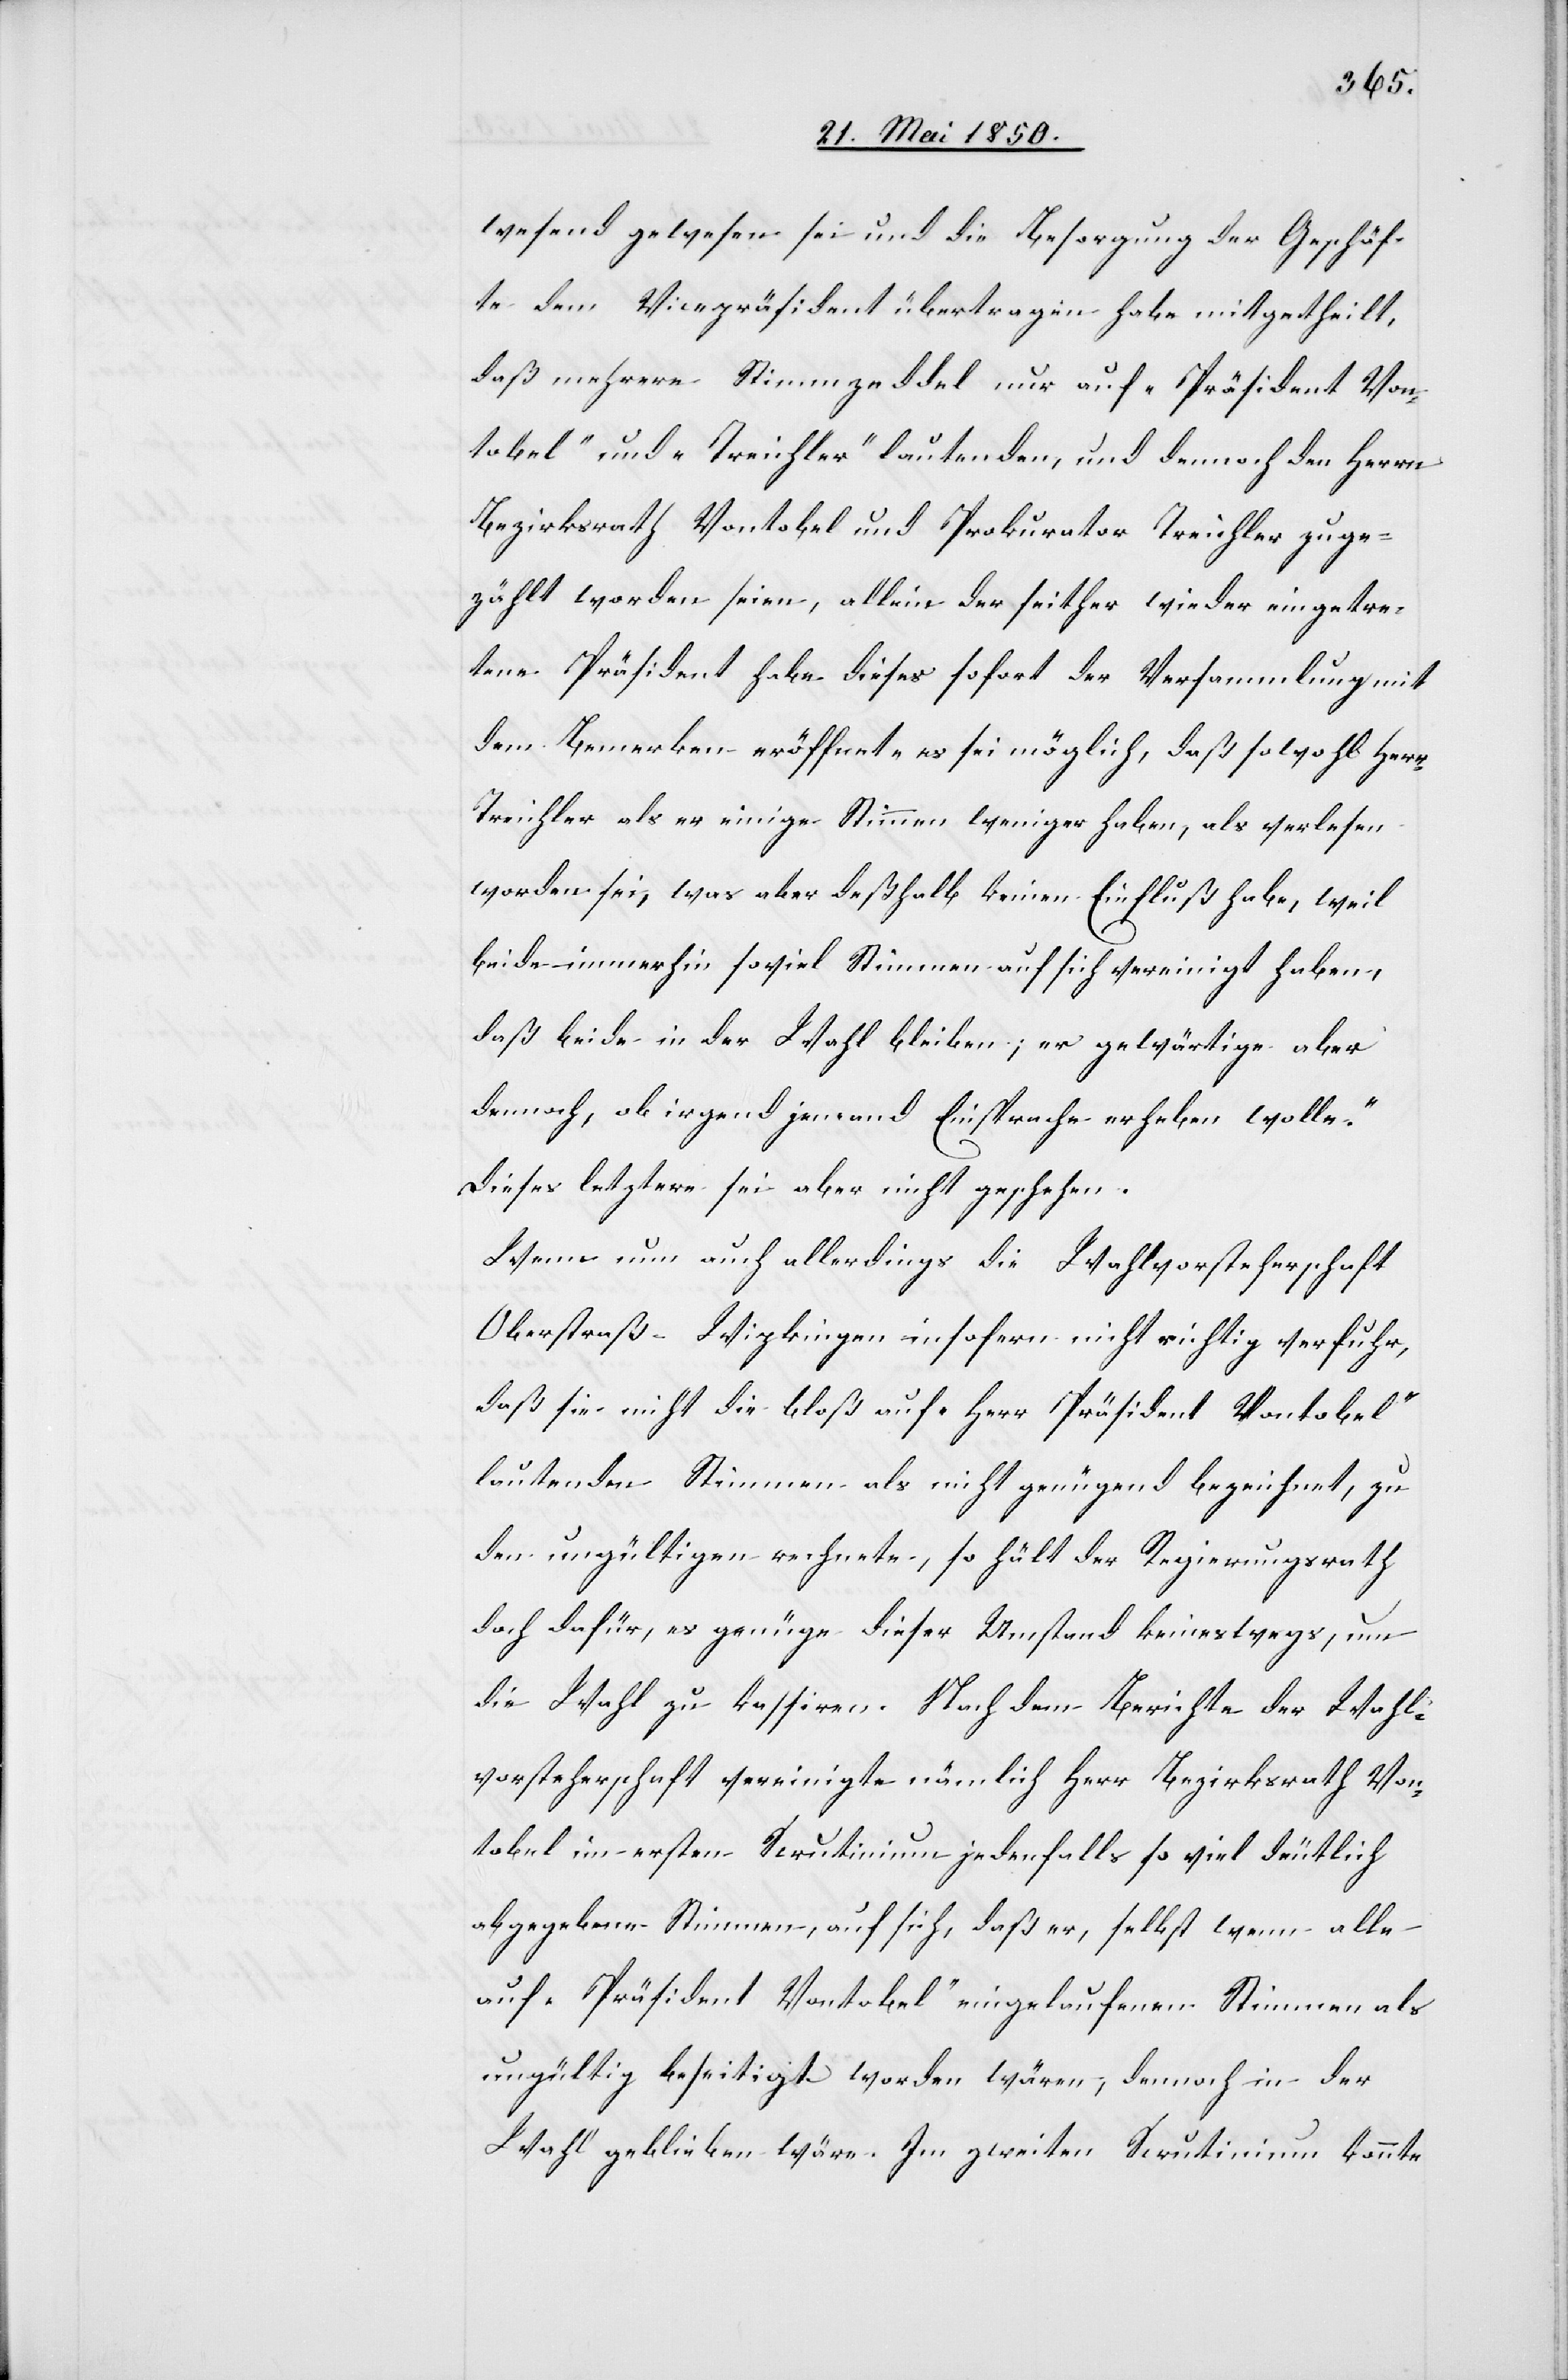
wesend gewesen sei und die Besorgung der Geschäf¬
te dem Vicepräsident übertragen habe mitgetheilt,
daß mehrere Stimmzeddel nur auf „Präsident Von¬
tobel“ und „Treichler“ lautenden, und dennoch den Herrn
Bezirksrath Vontobel und Prokurator Treichler zuge¬
zählt worden seien, allein der seither wieder eingetre¬
tene Präsident habe dieses sofort der Versammlung mit
dem Bemerken eröffnet „es sei möglich, daß sowohl Herr
Treichler als er einige Stimmen weniger haben, als verlesen
worden sei, was aber deßhalb keinen Einfluß habe, weil
beide immerhin soviel Stimmen auf sich vereinigt haben,
daß beide in der Wahl bleiben; er gewärtige aber
dennoch, ob irgend jemand Einsprache erheben wolle.“
Dieses letztere sei aber nicht geschehen.
Wenn nun auch allerdings die Wahlvorsteherschaft
Oberstraß-Wipkingen insofern nicht richtig verfuhr,
daß sie nicht die bloß auf „Herr Präsident Vontobel“
lautenden Stimmen als nicht genügend bezeichnet, zu
den ungültigen rechnete, so hält der Regierungsrath
doch dafür, es genüge dieser Umstand keineswegs, um
die Wahl zu kassiren. Nach dem Berichte der Wahl¬
vorsteherschaft vereinigte nämlich Herr Bezirksrath Von¬
tobel im ersten Scrutinium jedenfalls so viel deutlich
abgegebene Stimmen, auf sich, daß er, selbst wenn alle
auf „Präsident Vontobel“ eingelaufenen Stimmen als
ungültig beseitigt worden wären, dennoch in der
Wahl geblieben wäre. Im zweiten Scrutinium konnte